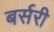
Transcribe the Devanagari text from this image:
बर्सरी